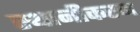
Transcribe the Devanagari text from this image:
स्थानीकरन